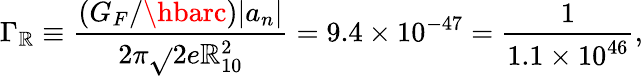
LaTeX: \Gamma_{\mathbb{R}}\equiv\frac{{(G_{F}/\hbarc)|a_{n}|}}{{2\pi\sqrt{}{{2}}e\mathbb{R}_{10}^{2}}}=9.4\times10^{-47}=\frac{{1}}{{1.1\times10^{46}}},